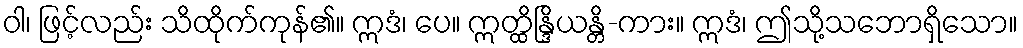
ဝါ၊ ဖြင့်လည်း သိထိုက်ကုန်၏။ ဣဒံ၊ ပေ။ ဣတ္ထိန္ဒြိယန္တိ-ကား။ ဣဒံ၊ ဤသို့သဘောရှိသော။